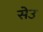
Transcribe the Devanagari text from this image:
सेउ